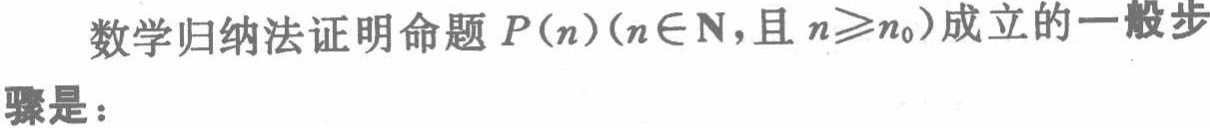
数学归纳法证明命题\(P(n)(n\in\mathbf{N}，且n\geqslant n_0)\)成立的一般步骤是：